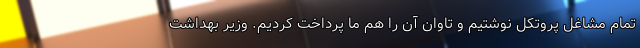
تمام مشاغل پروتکل نوشتیم و تاوان آن را هم ما پرداخت کردیم. وزیر بهداشت